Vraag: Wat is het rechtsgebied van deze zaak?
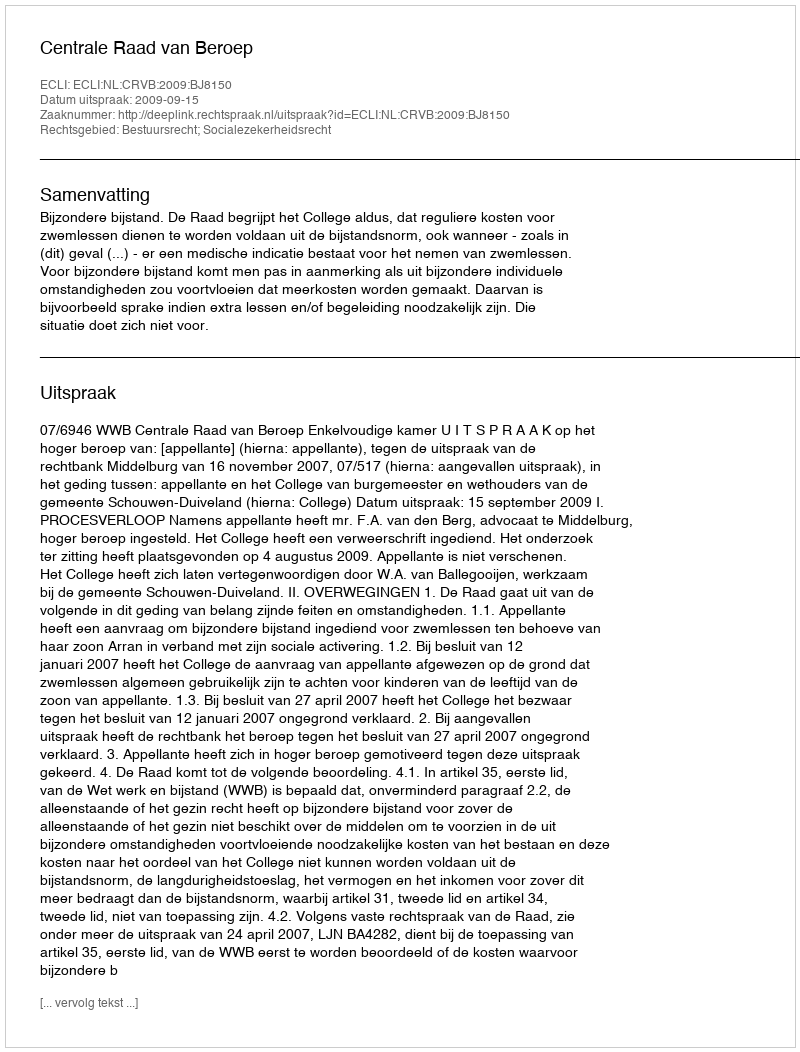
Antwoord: Bestuursrecht; Socialezekerheidsrecht